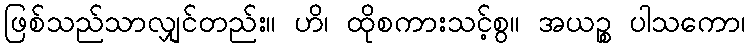
ဖြစ်သည်သာလျှင်တည်း။ ဟိ၊ ထိုစကားသင့်စွ။ အယဉ္စ ပါသကော၊